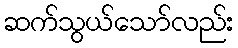
ဆက်သွယ်သော်လည်း